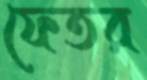
ফেতর